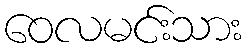
ဝေလမင်းသား